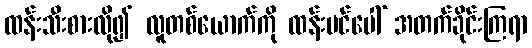
ထန်းသီးစားလို၍ လူတစ်ယောက်ကို ထန်းပင်ပေါ် အတက်ခိုင်းကြရာ